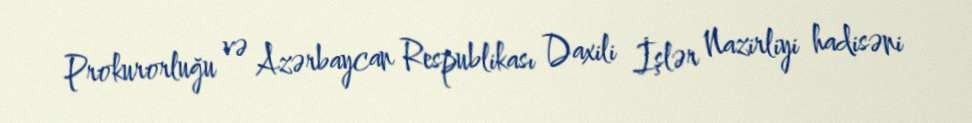
Prokurorluğu və Azərbaycan Respublikası Daxili İşlər Nazirliyi hadisəni